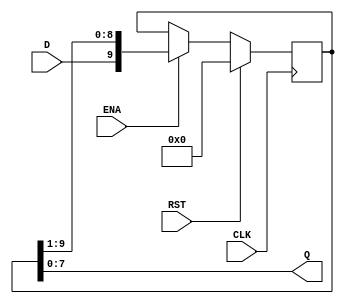
`timescale 1ns / 1ps

module Reg10bitsDespRightEnaDown(CLK,RST,ENA,D,Q);
	input CLK,RST,ENA;
	input D;
	output wire [7:0] Q;
	
	reg [9:0] R;
	
	always @(negedge CLK)
		if (RST)
			R=10'b0;
		else if (ENA)
			R={D,R[9:1]};
		else
			R=R;
			
	assign Q=R[7:0];

endmodule